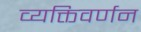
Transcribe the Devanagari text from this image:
व्यक्तिवर्णन